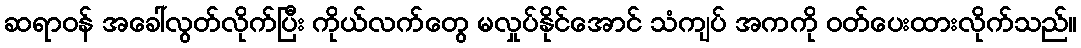
ဆရာဝန် အခေါ်လွတ်လိုက်ပြီး ကိုယ်လက်တွေ မလှုပ်နိုင်အောင် သံကျပ် အကကို ဝတ်ပေးထားလိုက်သည်။